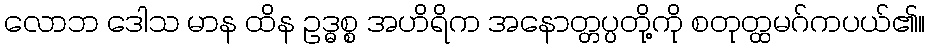
လောဘ ဒေါသ မာန ထိန ဥဒ္ဓစ္စ အဟိရိက အနောတ္တပ္ပတို့ကို စတုတ္ထမဂ်ကပယ်၏။